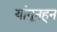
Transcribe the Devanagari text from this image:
यांगूनहून